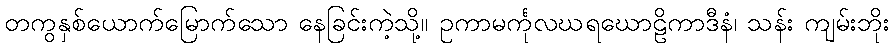
တကွနှစ်ယောက်မြောက်သော နေခြင်းကဲ့သို့။ ဥကာမင်္ကုလဃရဃောဠိကာဒီနံ၊ သန်း ကျမ်းဘိုး